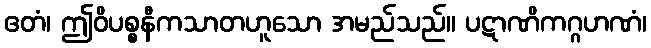
ဧတံ၊ ဤဝိပစ္စနီကသာတဟူသော အမည်သည်။ ပဋာဏိကဂ္ဂဟဏံ၊